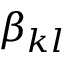
\beta _ { k l }